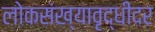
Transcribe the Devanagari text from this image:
लोकसंख्यावृद्धीदर